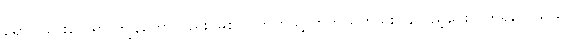
ရောပါသွားလေရာ ကျွန်တော်လည်း မြစ်ပြင်ဘက်သို့ တကိုယ်တည်းပြန်လှည့်ငေးလိုက်ရလေသည်။